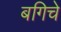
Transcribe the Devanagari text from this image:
बगिचे